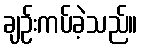
ချဉ်းကပ်ခဲ့သည်။